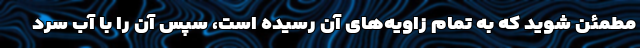
مطمئن شوید که به تمام زاویه‌های آن رسیده است، سپس آن را با آب سرد